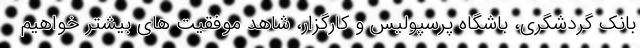
بانک گردشگری، باشگاه پرسپولیس و کارگزار، شاهد موفقیت های بیشتر خواهیم